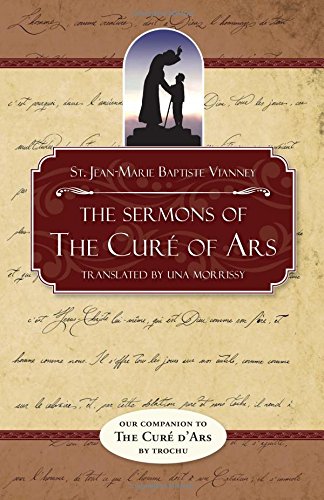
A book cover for The Sermons of the Cure of Ars; Jean Baptiste Marie Vianney; Christian Books & Bibles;